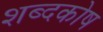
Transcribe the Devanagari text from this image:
शब्‍दकोष